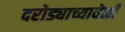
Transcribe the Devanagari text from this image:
दरोड्याच्यावेळी